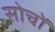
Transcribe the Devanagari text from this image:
सोचों